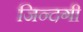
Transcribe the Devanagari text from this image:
जिन्‍दगी